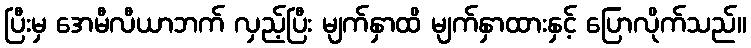
ပြီးမှ အေမီလီယာဘက် လှည့်ပြီး မျက်နှာထိ မျက်နှာထားနှင့် ပြောလိုက်သည်။